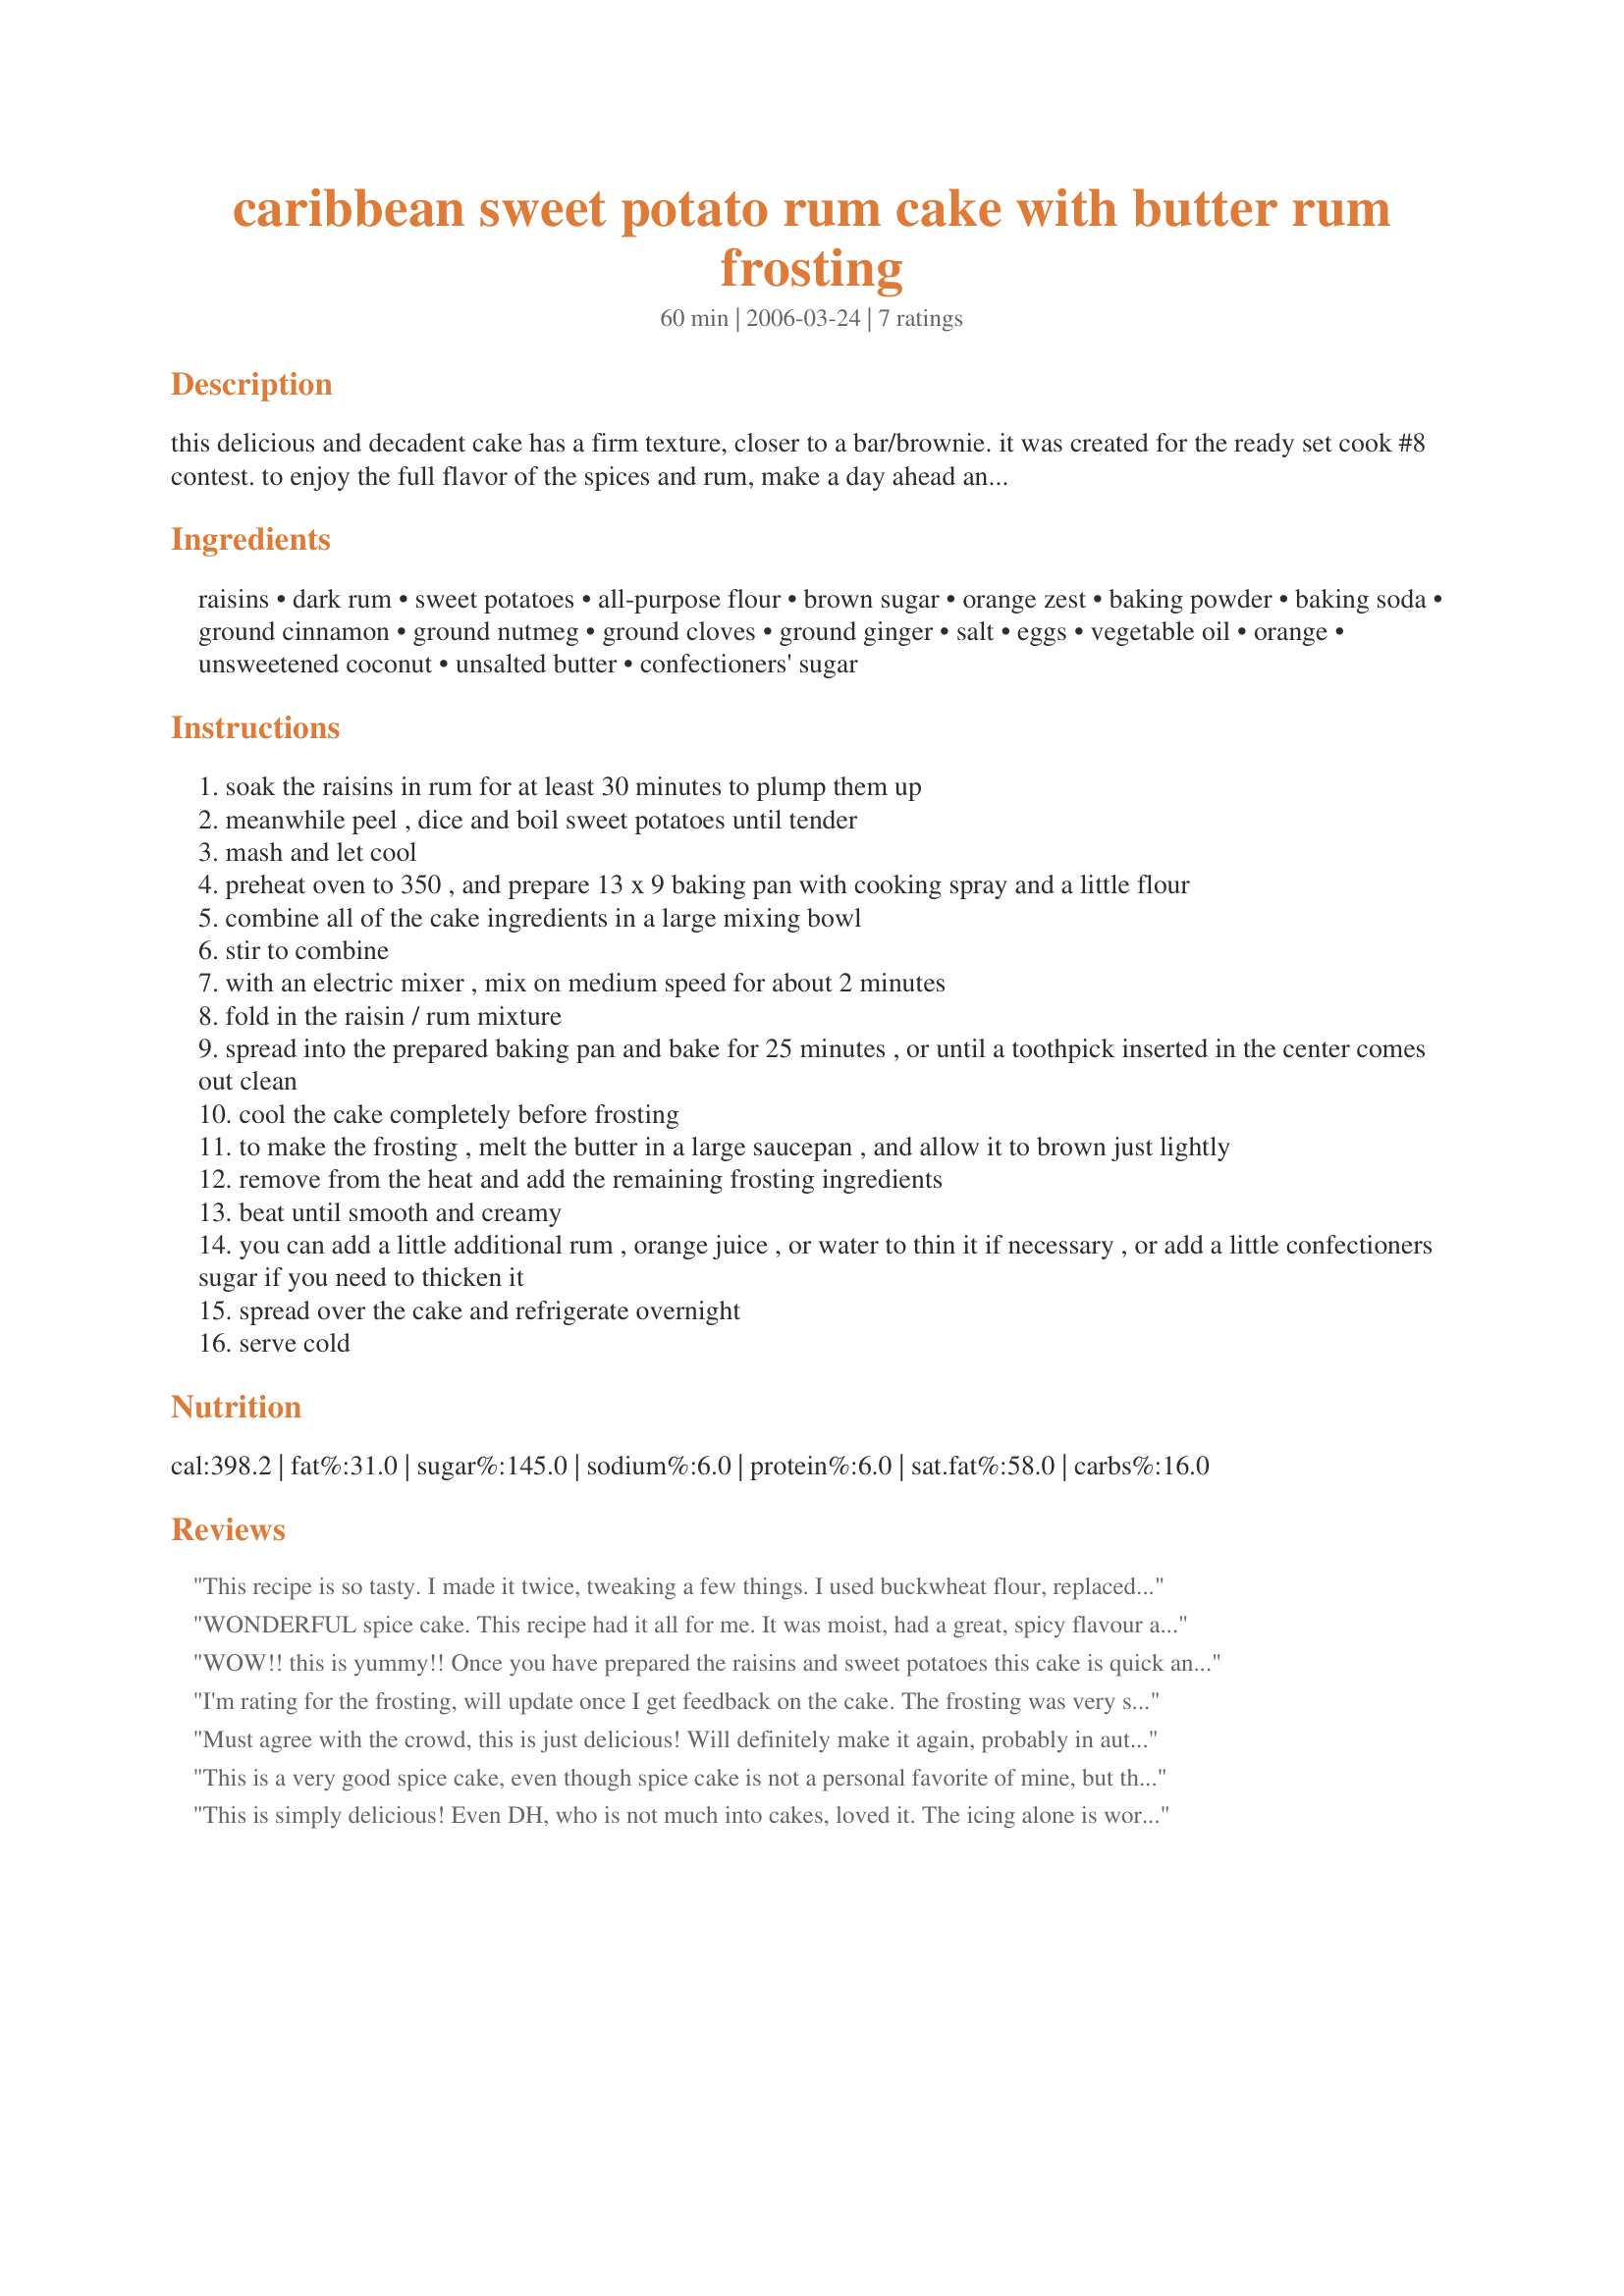
caribbean sweet potato rum cake with butter rum frosting
Preparation time: 60 minutes

this delicious and decadent cake has a firm texture, closer to a bar/brownie. it was created for the ready set cook #8 contest. to enjoy the full flavor of the spices and rum, make a day ahead and refrigerate overnight. best served cold.

Ingredients:
raisins, dark rum, sweet potatoes, all-purpose flour, brown sugar, orange zest, baking powder, baking soda, ground cinnamon, ground nutmeg, ground cloves, ground ginger, salt, eggs, vegetable oil, orange, unsweetened coconut, unsalted butter, confectioners' sugar

Steps:
soak the raisins in rum for at least 30 minutes to plump them up
meanwhile peel , dice and boil sweet potatoes until tender
mash and let cool
preheat oven to 350 , and prepare 13 x 9 baking pan with cooking spray and a little flour
combine all of the cake ingredients in a large mixing bowl
stir to combine
with an electric mixer , mix on medium speed for about 2 minutes
fold in the raisin / rum mixture
spread into the prepared baking pan and bake for 25 minutes , or until a toothpick inserted in the center comes out clean
cool the cake completely before frosting
to make the frosting , melt the butter in a large saucepan , and allow it to brown just lightly
remove from the heat and add the remaining frosting ingredients
beat until smooth and creamy
you can add a little additional rum , orange juice , or water to thin it if necessary , or add a little confectioners sugar if you need to thicken it
spread over the cake and refrigerate overnight
serve cold

Reviews:
This recipe is so tasty. I made it twice, tweaking a few things. I used buckwheat flour, replaced the whole eggs with 3/4 cups egg whites, and replaced the oil with applesauce. I then made it again and did all of the above and also substituted 1 cup of the brown sugar with Splenda. Still came out so delicious. I increased the raisins to 1 cup and used enough rum to cover all of the raisins while they were chilling out in my measuring cup. As for the frosting, I mixed my butter and rum on the stove top and added in a bit of powdered sugar just until it was sweet enough, and then poured that over the cake, turning it into a glaze rather than a frosting.
WONDERFUL spice cake. This recipe had it all for me. It was moist, had a great, spicy flavour and an absolutely out-of-this-world topping. This one is going straight into the keeper file to be made often.
WOW!! this is yummy!!
Once you have prepared the raisins and sweet potatoes this cake is quick and easy to make. It smells great while baking and tastes even better! DH could not wait to have a piece, so he ate it hot out of the oven!!My co-workers will enjoy this tasty treat tomorrow for coffee break! Thanks for a great recipe and good luck with RSC!!
I'm rating for the frosting, will update once I get feedback on the cake. The frosting was very sweet but delicious. I added the rum to the browned butter and cooked off the alcohol a bit because I've made "drunken" rum cake glazes unintentionally by not doing this. I cut back the powdered sugar by a whole cup because I couldn't find unsweetened coconut and after thinning with a few tablespoons of milk it was perfect. <br/>I made this for my Father's birthday. The abundance of spices smelled divine baking in the oven. I also cut the sugar in the batter by 1/2c. because again, I didn't have the unsweetened coconut. I will update once we dig in, but I expect that it will be a keeper! Thanks for sharing! Update: It was loved by all!
Must agree with the crowd, this is just delicious! Will definitely make it again, probably in autumn and for the holidays. It will be nice to have a new standby recipe to use often!
This is a very good spice cake, even though spice cake is not a personal favorite of mine, but that's another story. Very moist and the addition of coconut really added an extra yummy texture. My cake pulled away from the sides and fell a bit in the middle, I'm not sure why. But my family loved it. Now, shall we talk about frosting? Oh My Goodness! This frosting is to die for! I did as instructed and added rum to thin it, but after 3 tablespoons I was afraid, so I used fresh squeezed orange juice, 2 tablespoons more. It could have used a bit more thinning to spread easier, but it is just so I good I have no more words. YUMMY!
This is simply delicious! Even DH, who is not much into cakes, loved it. The icing alone is worth the price of admission! The cake is a dense spice cake, very flavorful and moist. It would be good even without the icing. But both together - WOW! Thanks for posting! Made for team Gourmet Goddesses, ZWT9
